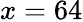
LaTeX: x=64